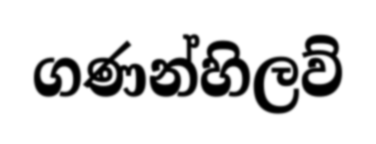
ගණන්හිලව්